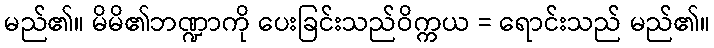
မည်၏။ မိမိ၏ဘဏ္ဍာကို ပေးခြင်းသည်ဝိက္ကယ = ရောင်းသည် မည်၏။